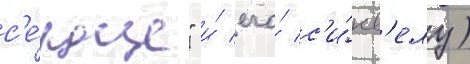
с'е́рдце" и́ его́ с'и́кв'елу)